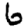
Digit: 6